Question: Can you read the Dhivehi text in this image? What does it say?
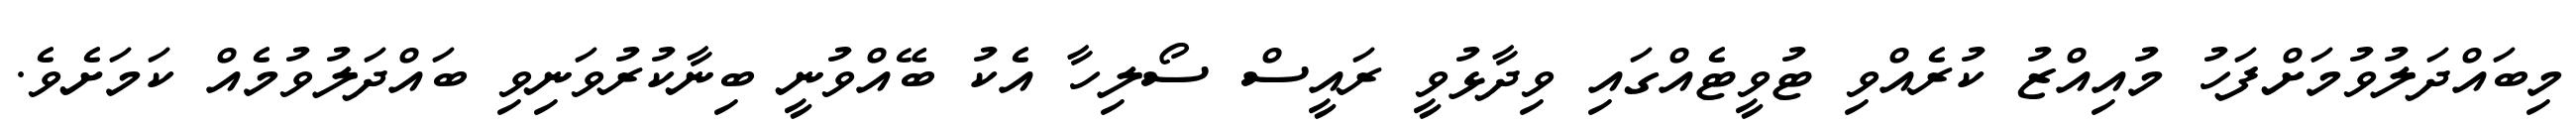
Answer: މިބައްދަލުވުމަށްފަހު މުއިއްޒު ކުރެއްވި ޓުވީޓެއްގައި ވިދާޅުވީ ރައީސް ސޯލިހާ އެކު ބޭއްވުނީ ބިނާކުރުވަނިވި ބައްދަލުވުމެއް ކަމަށެވެ.